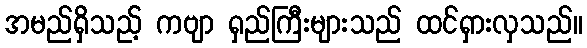
အမည်ရှိသည့် ကဗျာ ရှည်ကြီးများသည် ထင်ရှားလှသည်။